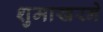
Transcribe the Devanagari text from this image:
शुमाखरने